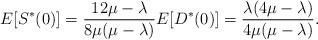
LaTeX: \begin{align*}E[S^*(0)] = \frac{12\mu - \lambda}{8\mu(\mu-\lambda)} E[D^*(0)] = \frac{\lambda(4\mu-\lambda)}{4\mu(\mu-\lambda)}.\end{align*}